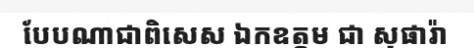
បែបណាជាពិសេស ឯកឧត្តម ជា សុផារ៉ា